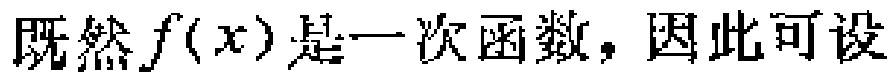
既然\(f(x)\)是一次函数，因此可设